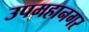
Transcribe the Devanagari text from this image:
उपमहानगर